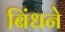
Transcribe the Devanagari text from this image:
बिंधने